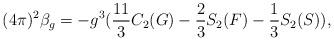
LaTeX: \begin{align*}(4\pi)^2 \beta_{g}= -g^3(\frac{11}{3}C_2 (G)-\frac{2}{3} S_2 (F)-\frac{1}{3} S_2 (S)),\end{align*}